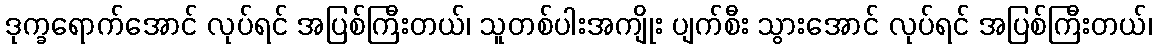
ဒုက္ခရောက်အောင် လုပ်ရင် အပြစ်ကြီးတယ်၊ သူတစ်ပါးအကျိုး ပျက်စီး သွားအောင် လုပ်ရင် အပြစ်ကြီးတယ်၊